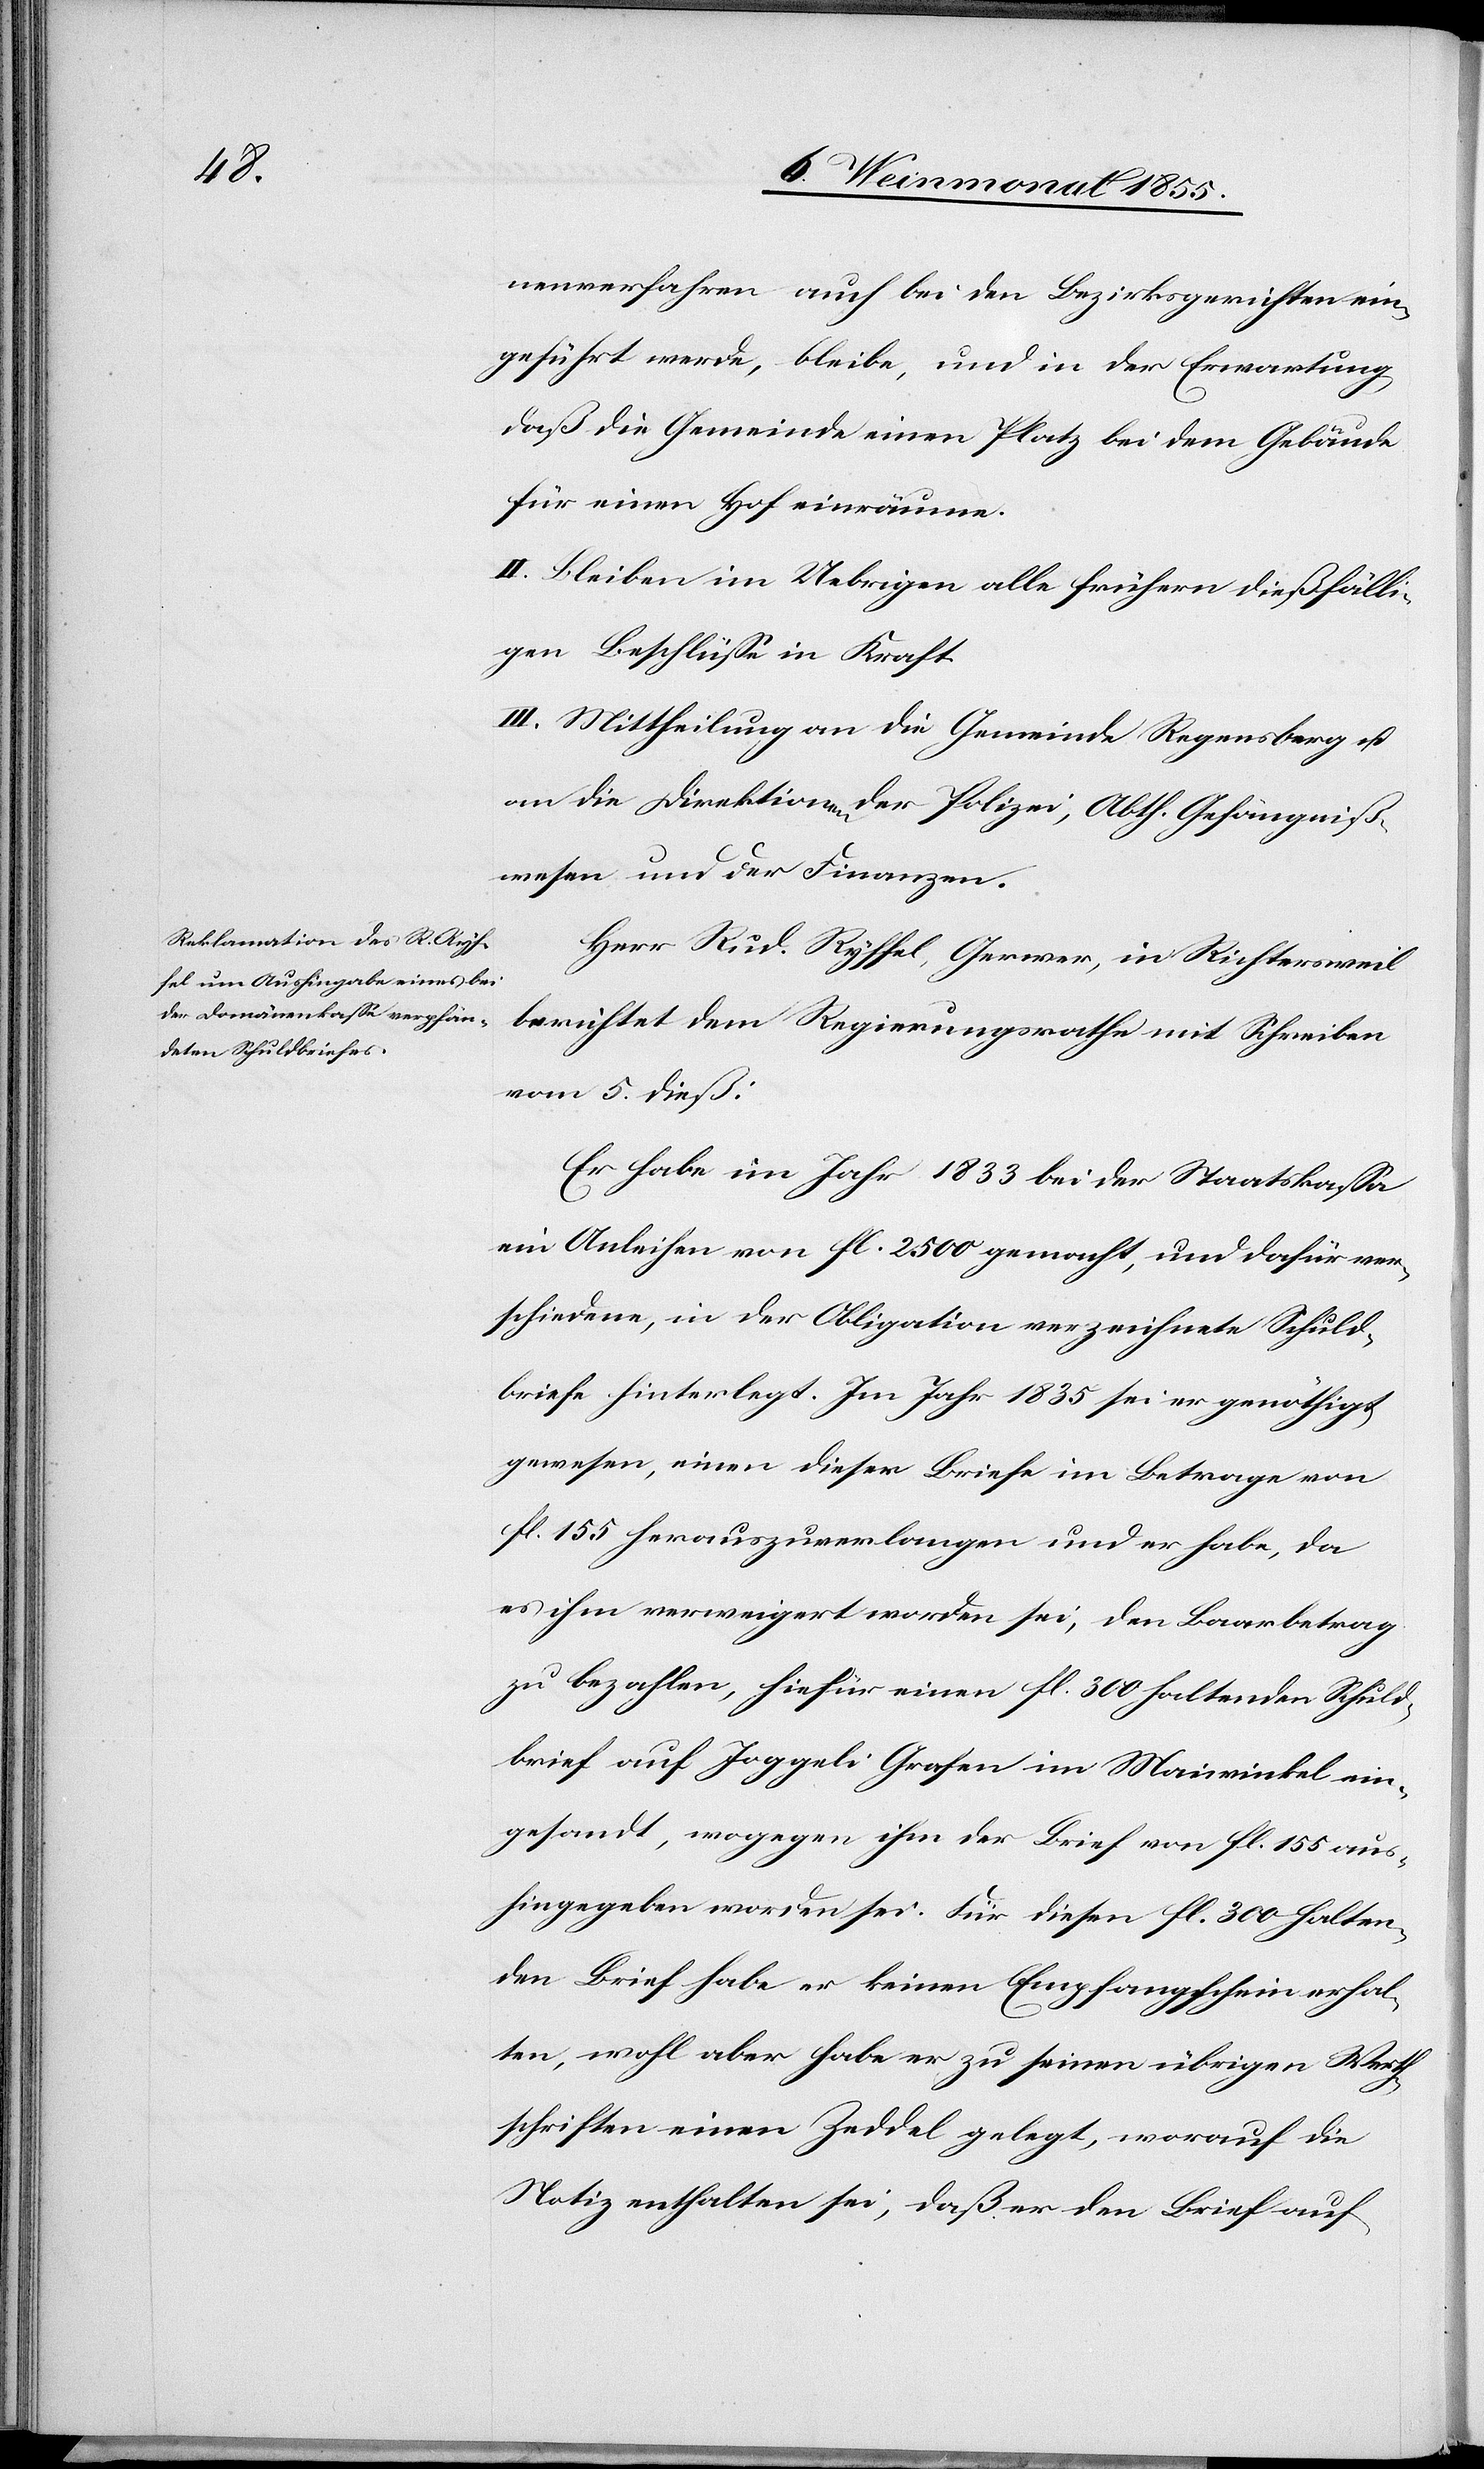
nenverfahren auch bei den Bezirksgerichten ein¬
geführt werde, bleibe, und in der Erwartung
daß die Gemeinde einen Platz bei dem Gebäude
für einen Hof einräume.
II. Bleiben im Uebrigen alle frühern dießfälli¬
gen Beschlüsse in Kraft.
III. Mittheilung an die Gemeinde Regensberg u.
an die Direktionen der Polizei, Abth. Gefängniß¬
wesen und der Finanzen.
Herr Rud. Ryffel, Gerwer, in Richtersweil
berichtet dem Regierungsrathe mit Schreiben
vom 5. dieß:
Er habe im Jahr 1833 bei der Staatskassa
ein Anleihen von fl. 2500 gemacht, und dafür ver¬
schiedene, in der Obligation verzeichnete Schuld¬
briefe hinterlegt. Im Jahr 1835 sei er genöthigt
gewesen, einen dieser Briefe im Betrage von
fl. 155 herauszuverlangen und er habe, da
es ihm verweigert worden sei, den Baarbetrag
zu bezahlen, hiefür einen fl. 300 haltenden Schuld¬
brief auf Joggeli Grafen im Maiwinkel ein¬
gesandt, wogegen ihm der Brief von fl. 155 aus¬
hingegeben worden sei. Für diesen fl. 300 halten¬
den Brief habe er keinen Empfangschein erhal¬
ten, wohl aber habe er zu seinen übrigen Werth¬
schriften einen Zeddel gelegt, worauf die
Notiz enthalten sei, daß er den Brief auf